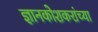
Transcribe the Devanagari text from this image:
ज्ञानकोशकरांच्या